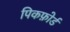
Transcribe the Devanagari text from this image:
पिकफ़ोर्ड